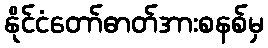
နိုင်ငံတော်ဓာတ်အားစနစ်မှ